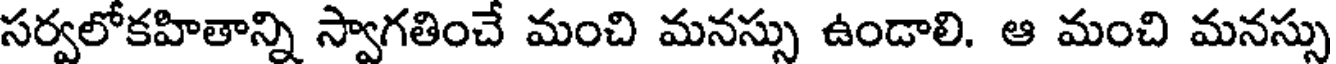
సర్వలోకహితాన్ని స్వాగతించే మంచి మనస్సు ఉండాలి. ఆ మంచి మనస్సు